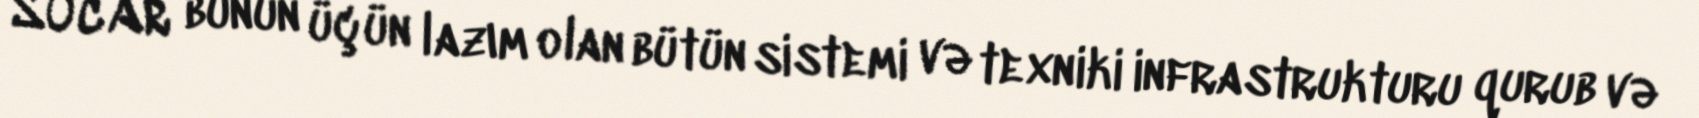
SOCAR bunun üçün lazım olan bütün sistemi və texniki infrastrukturu qurub və